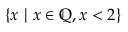
\{ x \ | \ x \in \mathbb { Q } , x < 2 \}